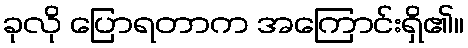
ခုလို ပြောရတာက အကြောင်းရှိ၏။